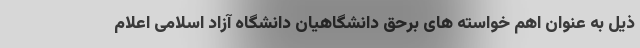
ذیل به عنوان اهم خواسته های برحق دانشگاهیان دانشگاه آزاد اسلامی اعلام